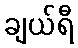
ချယ်ရီ